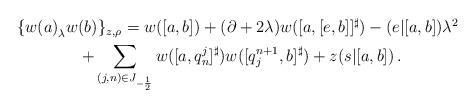
LaTeX: \begin{align*}\begin{array}{l}\displaystyle{\phantom{\Big(}\{{w(a)}_\lambda{w(b)}\}_{z,\rho}=w([a,b])+(\partial+2\lambda)w([a,[e,b]]^\sharp)-(e|[a,b])\lambda^2} \\\displaystyle{\,\,\,\,\,\,\,\,\, \,\,\,\,\,\,\,\,\, \,\,\,\,\,\,\,\,\,+\sum_{(j,n)\in J_{-\frac12}}w([a,q^{j}_{n}]^\sharp)w([q^{n+1}_{j},b]^\sharp)+z(s|[a,b])\,.}\end{array}\end{align*}